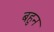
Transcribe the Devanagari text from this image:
बहुन